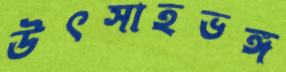
উৎসাহভঙ্গ